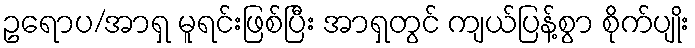
ဥရောပ/အာရှ မူရင်းဖြစ်ပြီး အာရှတွင် ကျယ်ပြန့်စွာ စိုက်ပျိုး